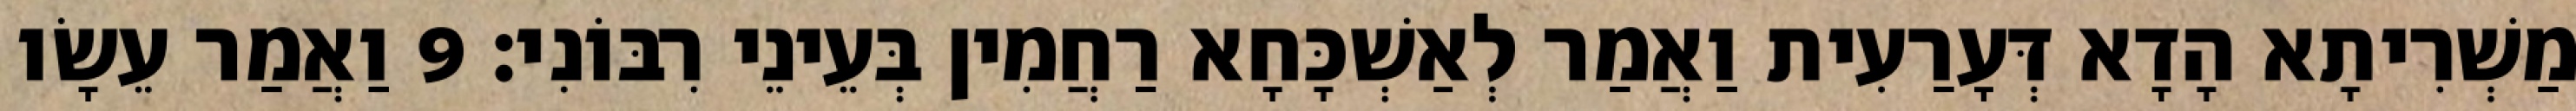
מַשְׁרִיתָא הָדָא דְּעָרַעִית וַאֲמַר לְאַשְׁכָּחָא רַחֲמִין בְּעֵינֵי רִבּוֹנִי׃ 9 וַאֲמַר עֵשָׂו